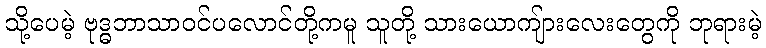
သို့ပေမဲ့ ဗုဒ္ဓဘာသာဝင်ပလောင်တို့ကမူ သူတို့ သားယောကျ်ားလေးတွေကို ဘုရားမဲ့